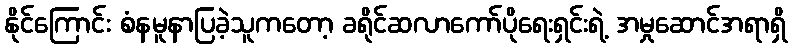
နိုင်ကြောင်း စံနမူနာပြခဲ့သူကတော့ ခရိုင်ဆလာကော်ပိုရေးရှင်းရဲ့ အမှုဆောင်အရာရှိ